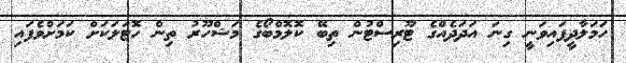
ހަމަލާދީފައިވަނީ ގިނަ އަދަދެއްގެ ޓޫރިސްޓުން ތިބޭ ކޮލޮމްބޯގެ މަޝްހޫރު ތިން ހޮޓަލަކަށް ކަމަށްވެފައި